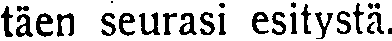
täen seurasi esitystä.